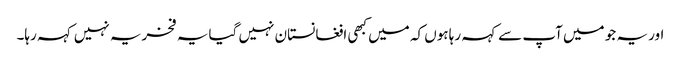
اور یہ جو میں آپ سے کہہ رہا ہوں کہ میں کبھی افغانستان نہیں گیا یہ فخریہ نہیں کہہ رہا۔